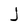
Character: j